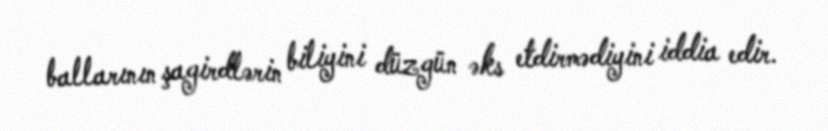
ballarının şagirdlərin biliyini düzgün əks etdirmədiyini iddia edir.